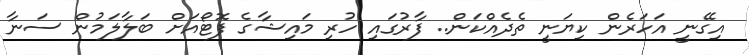
އިގޭނީ އަހަރެން ކިޔަނީ ތެދެއްކަން.. ފާރުގައި ހުރި މައިޝާގެ ފޮޓޯއަށް ބަލާލަމުން ސަނާ